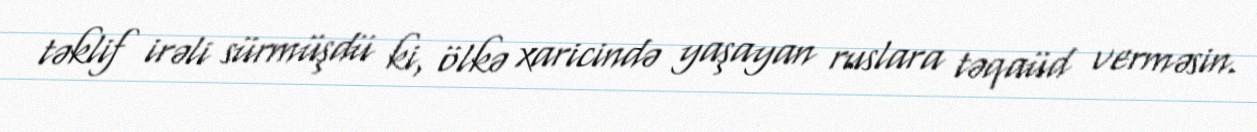
təklif irəli sürmüşdü ki, ölkə xaricində yaşayan ruslara təqaüd verməsin.